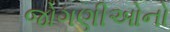
જોગણીઓનો